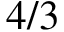
4 / 3